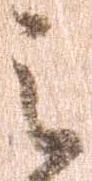
之